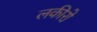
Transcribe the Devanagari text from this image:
लकीरो